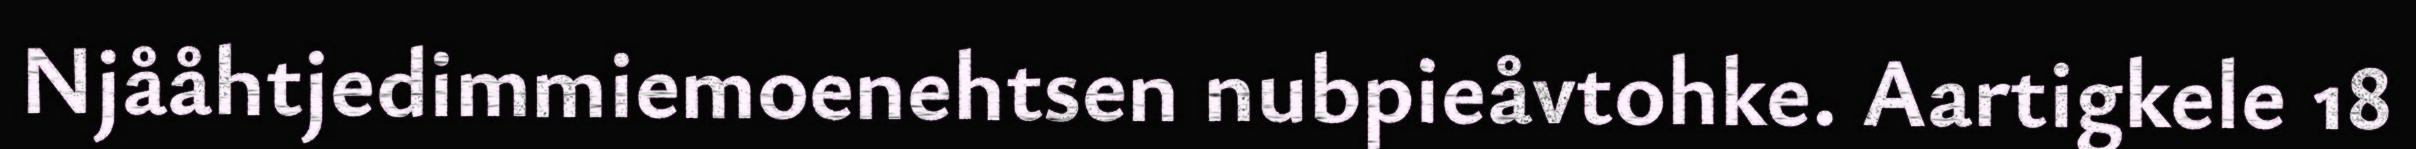
Njååhtjedimmiemoenehtsen nubpieåvtohke. Aartigkele 18